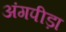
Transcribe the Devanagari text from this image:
अंगपीड़ा